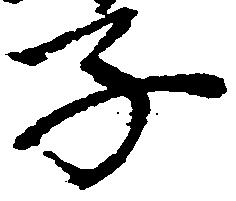
子